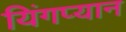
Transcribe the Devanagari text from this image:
यिंगप्यान